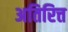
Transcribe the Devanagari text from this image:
अतिरित्त